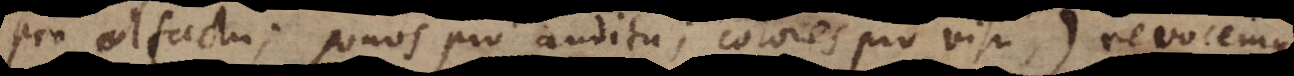
pro olfactu; sonos pro auditu; colores pro visu) revocemus